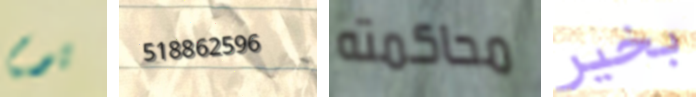
يوم 518862596 محاكمته بخير